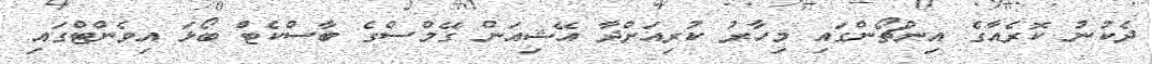
ދެކުނު ކޮރެއާގެ އިންޗޯންގައި މިހާރު ކުރިއަށްދާ އޭޝިއަން ގޭމްސްގެ ބާސްކެޓް ބޯޅަ އިވެންޓްގައި